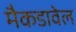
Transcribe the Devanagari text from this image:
मैकडावेल